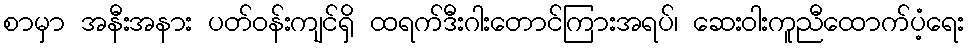
စာမှာ အနီးအနား ပတ်ဝန်းကျင်ရှိ ထရက်ဒီးဂါးတောင်ကြားအရပ်၊ ဆေးဝါးကူညီထောက်ပံ့ရေး